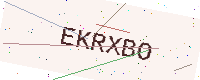
Text: EKRXBO